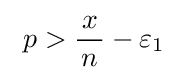
\ p>{\frac {\!\ x\!\ }{n}}-\varepsilon _{1}